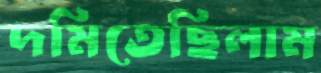
দমিতেছিলাম